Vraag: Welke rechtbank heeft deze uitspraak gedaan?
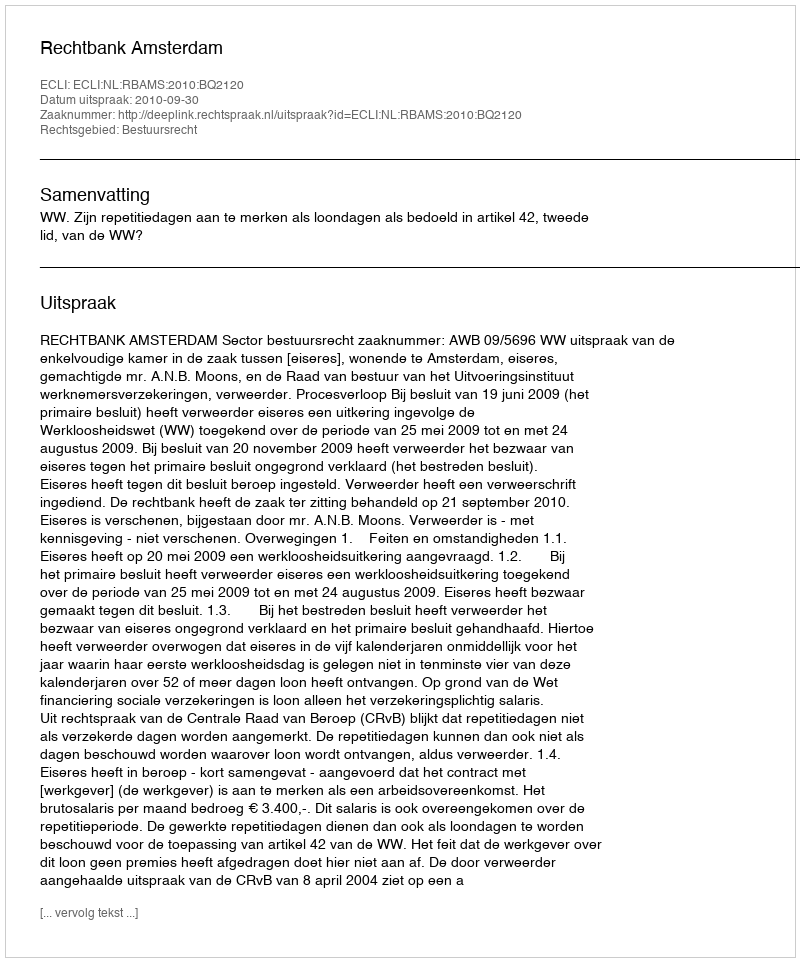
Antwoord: Rechtbank Amsterdam